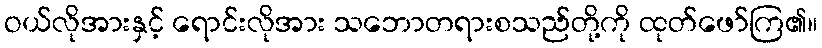
ဝယ်လိုအားနှင့် ရောင်းလိုအား သဘောတရားစသည်တို့ကို ထုတ်ဖော်ကြ၏။